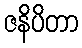
ဇနိပိတာ